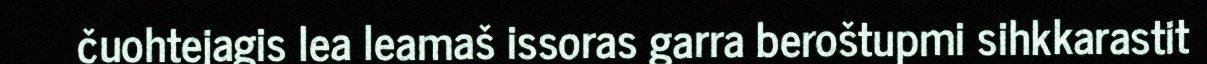
čuohtejagis lea leamaš issoras garra beroštupmi sihkkarastit